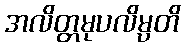
အလိတ္တမုပလိမ္ပတိ